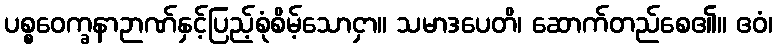
ပစ္စဝေက္ခနာဉာဏ်နှင့်ပြည့်စုံစိမ့်သောငှာ။ သမာဒပေတိ၊ ဆောက်တည်စေ၏။ ဧဝံ၊